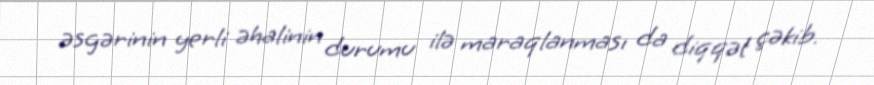
əsgərinin yerli əhalinin durumu ilə maraqlanması da diqqət çəkib.